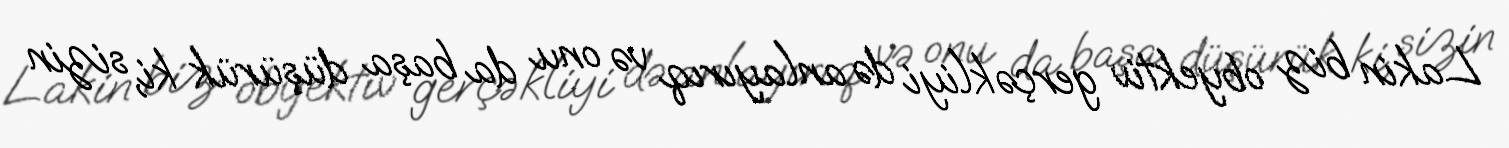
Lakin biz obyektiv gerçəkliyi də anlayırıq və onu da başa düşürük ki, sizin